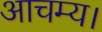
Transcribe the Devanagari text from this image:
आचम्य।